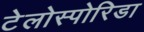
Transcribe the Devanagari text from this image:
टेलोस्पोरिडा